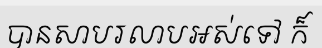
បានសាបរលាបអស់ទៅ ក៏